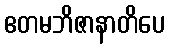
ဧတမဘိဇာနာတိပေ